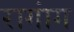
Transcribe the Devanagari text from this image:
रागांग